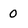
Character: 0